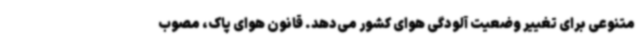
متنوعی برای تغییر وضعیت آلودگی هوای کشور می‌دهد. قانون هوای پاک، مصوب